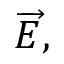
{ \overrightarrow { E } } ,